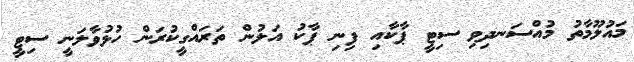
މައުލޫމާތު މުއްސަނދިވި ސިޓީ ޕާކާއި ފިނި ޕާކު އަލުން ތަރައްގީކުރަން ހުޅުވާލަނީ ސިޓީ